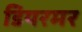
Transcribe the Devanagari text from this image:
डियरमर